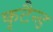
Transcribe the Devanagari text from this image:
कृटैन्ड